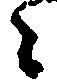
々